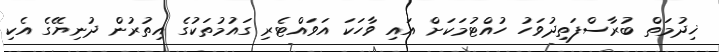
ޚިދުމަތް ބުރާސްފަތިދުވަހު ހުއްޓުމަކަށް އައި ވާހަކަ އަވައްޓެރި ގައުމުތަކުގެ އިތުރުން ދުނިޔޭގެ އެކި